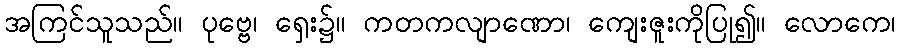
အကြင်သူသည်။ ပုဗ္ဗေ၊ ရှေး၌။ ကတကလျာဏော၊ ကျေးဇူးကိုပြု၍။ လောကေ၊